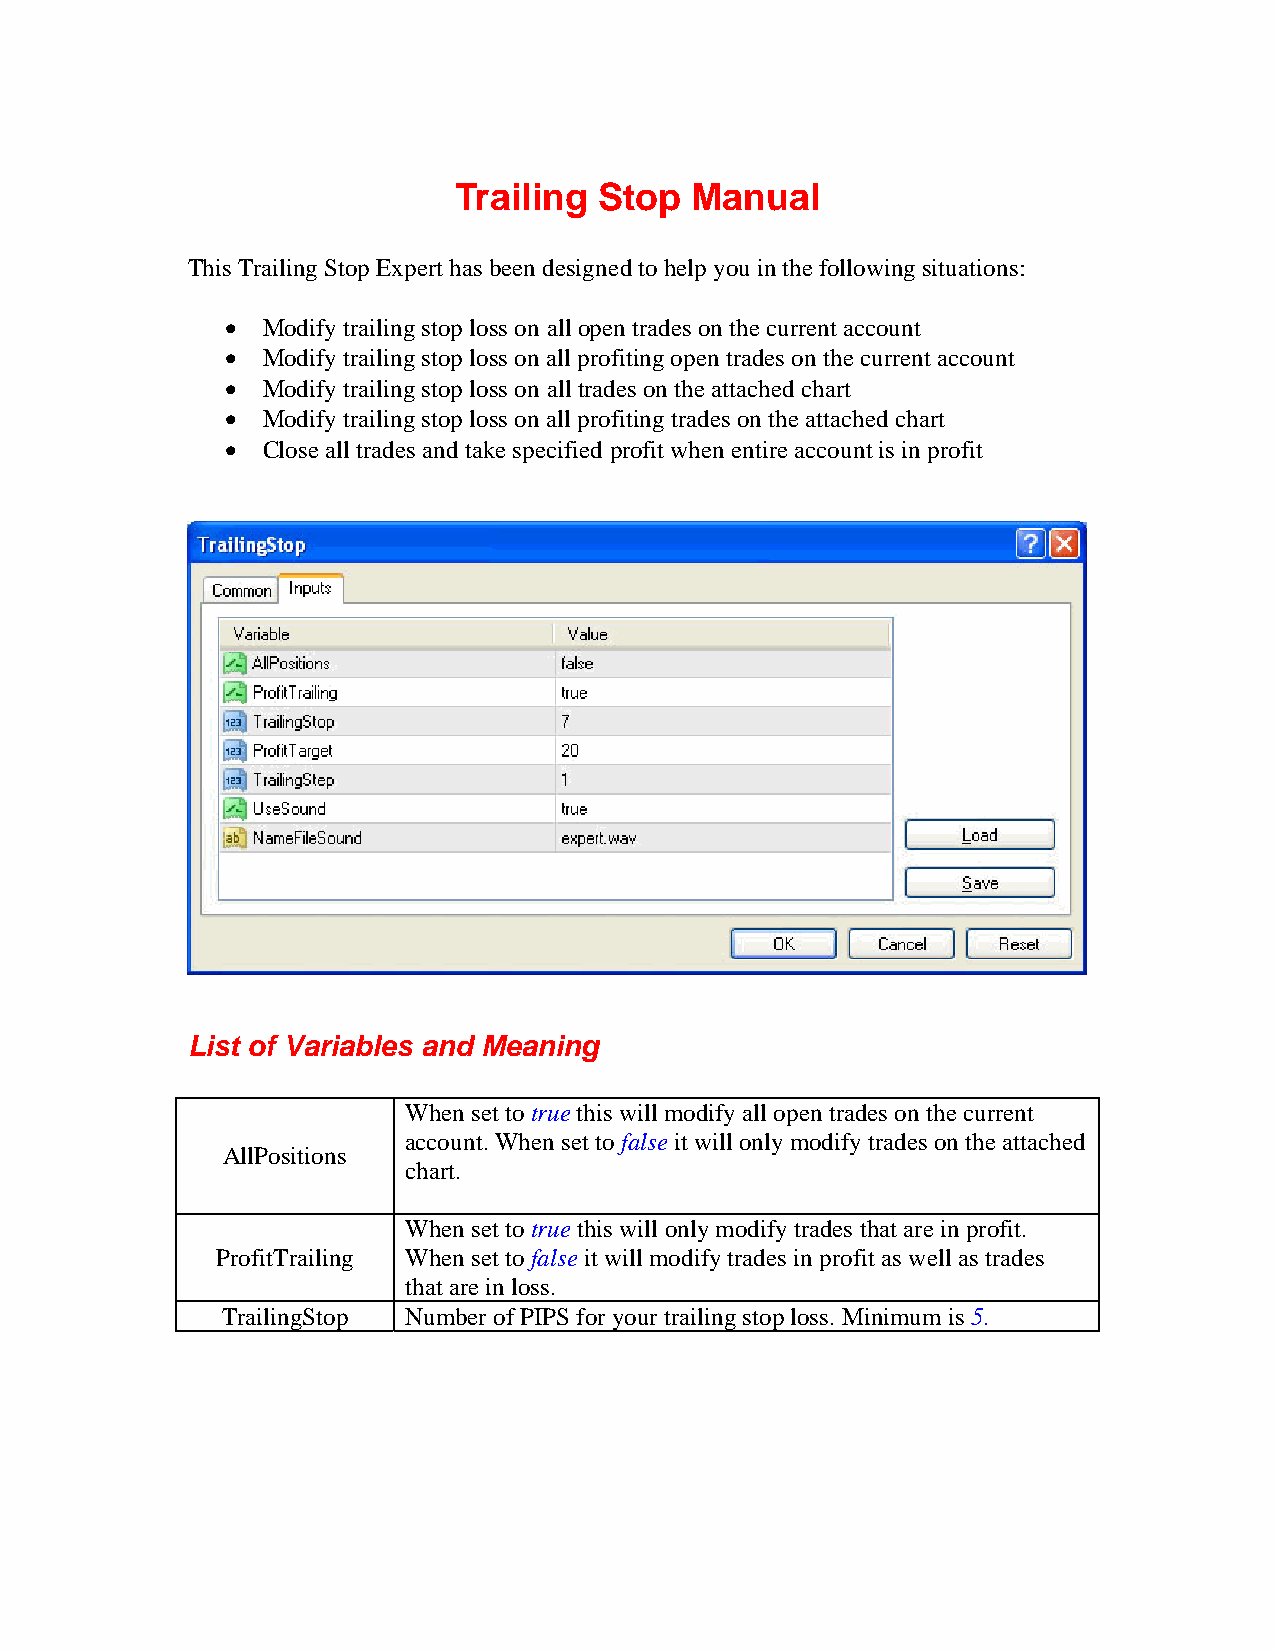
Trailing  Stop  Manual
 This Trailing Stop Expert has been designed to help you in the following situations:
 • Modify trailing stop loss on all open trades on the current account
 • Modify trailing stop loss on all profiting open trades on the current account
 • Modify trailing stop loss on all trades on the attached chart
 • Modify trailing stop loss on all profiting trades on the attached chart
 • Close all trades and take specified profit when entire account is in profit
 List of Variables and Meaning
 When set to true this will modify all open trades on the current
 account. When set to false it will only modify trades on the attached
 AllPositions
 chart.
 When set to true this will only modify trades that are in profit.
 ProfitTrailing When set to false it will modify trades in profit as well as trades
 that are in loss.
 TrailingStop Number of PIPS for your trailing stop loss. Minimum is 5.